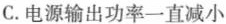
C.电源输出功率一直减小